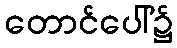
တောင်ပေါ်၌